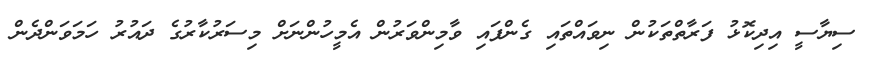
ސިޔާސީ އިދިކޮޅު ފަރާތްތަކުން ނިވައްތައި ގެންފައި ވާމިންވަރުން އެމީހުންނަށް މިސަރުކާރުގެ ދައުރު ހަމަވަންދެން